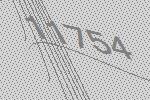
11754